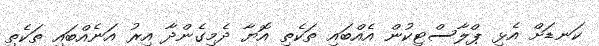
ކަނޑަށް އެޅި ޕްލާސްޓިކުން އެއްބައި ތަކެތި އޮޔާ ދެމިގެންދާ އިރު އަނެއްބައި ތަކެތި